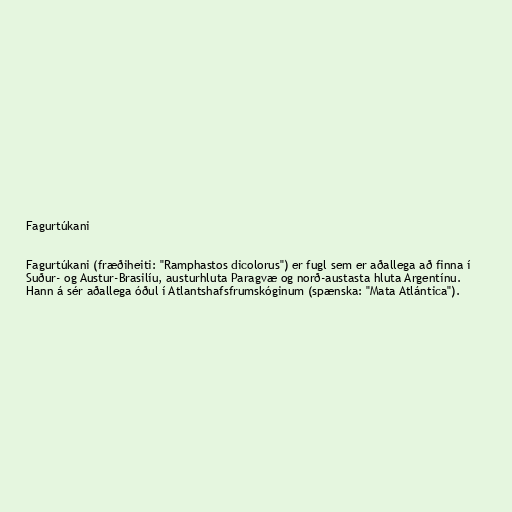
Fagurtúkani

Fagurtúkani (fræðiheiti: "Ramphastos dicolorus") er fugl sem er aðallega að finna í
Suður- og Austur-Brasilíu, austurhluta Paragvæ og norð-austasta hluta Argentínu.
Hann á sér aðallega óðul í Atlantshafsfrumskóginum (spænska: "Mata Atlántica").